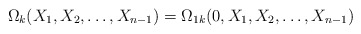
\begin{align*}\Omega_k(X_1,X_2,\ldots,X_{n-1})=\Omega_{1k}(0,X_1,X_2,\ldots,X_{n-1})\end{align*}